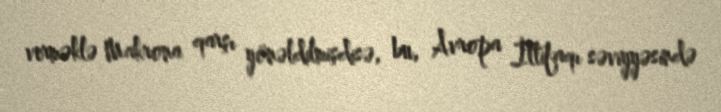
verməklə Makrona qarşı yönəldilmişdisə, bu, Avropa İttifaqı səviyyəsində